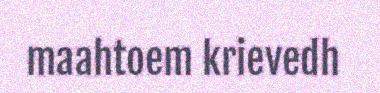
maahtoem krievedh